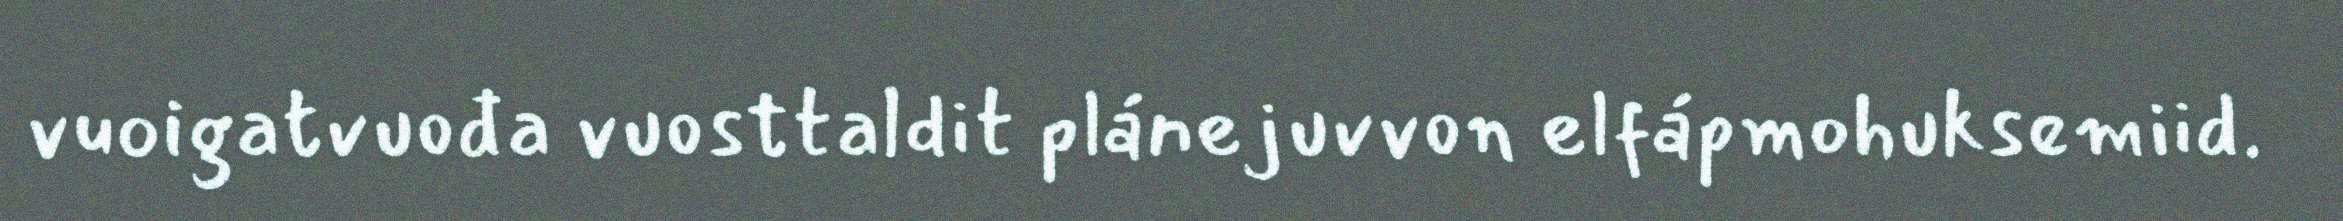
vuoigatvuođa vuosttaldit plánejuvvon elfápmohuksemiid.